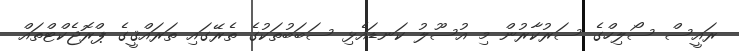
ރައީސް ސޯލިހްގެ ސަރުކާރުން މި އުސޫލު ކަނޑައެޅި ސަބަބުތަކުގެ ތެރޭގައި ތަރައްޤީގެ ޕްރޮޖެކްޓްތައް